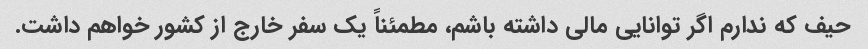
حیف که ندارم اگر توانایی مالی داشته باشم، مطمئناً یک سفر خارج از کشور خواهم داشت.